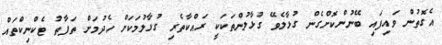
އެގޮތުން ވައިފައި ބޭނުންކޮށްގެން ގުޅާލެވޭ ގުޅާލުންތަކަކީ ރައްކާތެރި ގުޅާލުމަކަށް ހެދުމަށް ތަފާތު ޓެކްނިކްތައް